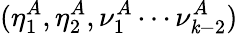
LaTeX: (\eta_{1}^{A},\eta_{2}^{A},\nu_{1}^{A}\cdots\nu_{\mathit{k}-2}^{A})